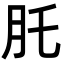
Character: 𦘴